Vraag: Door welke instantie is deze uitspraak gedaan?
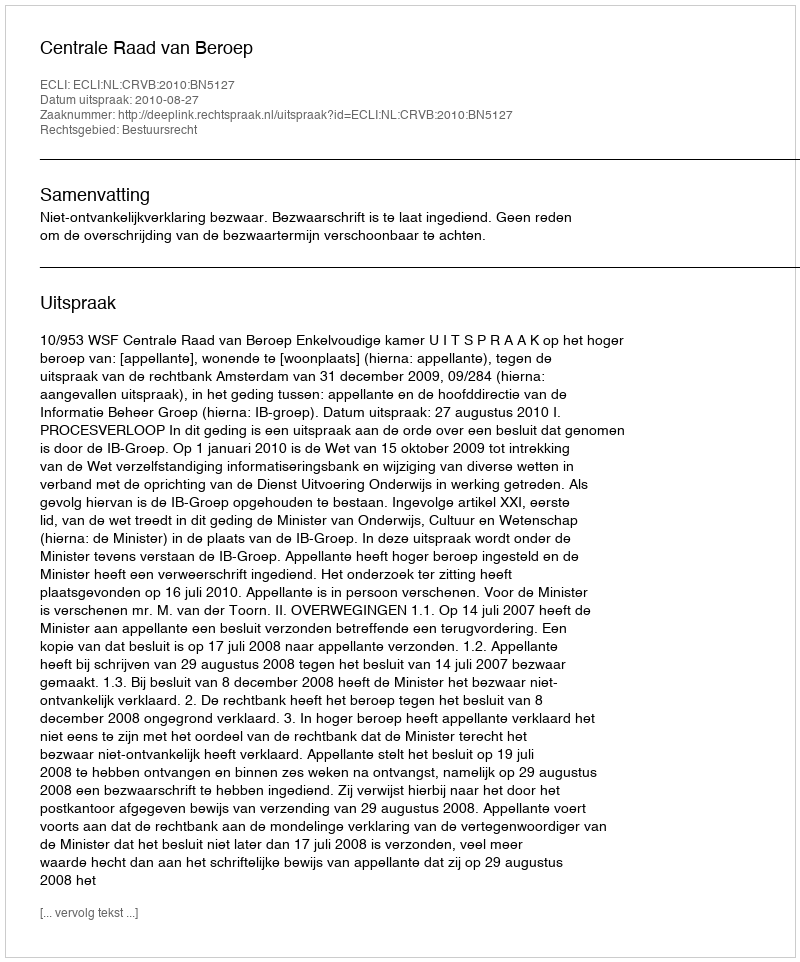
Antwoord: Centrale Raad van Beroep